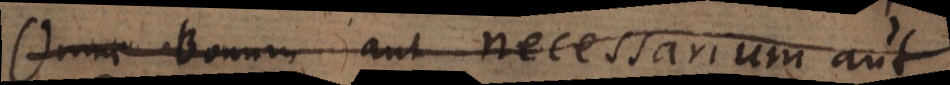
Omne Bonum aut necessarium aut